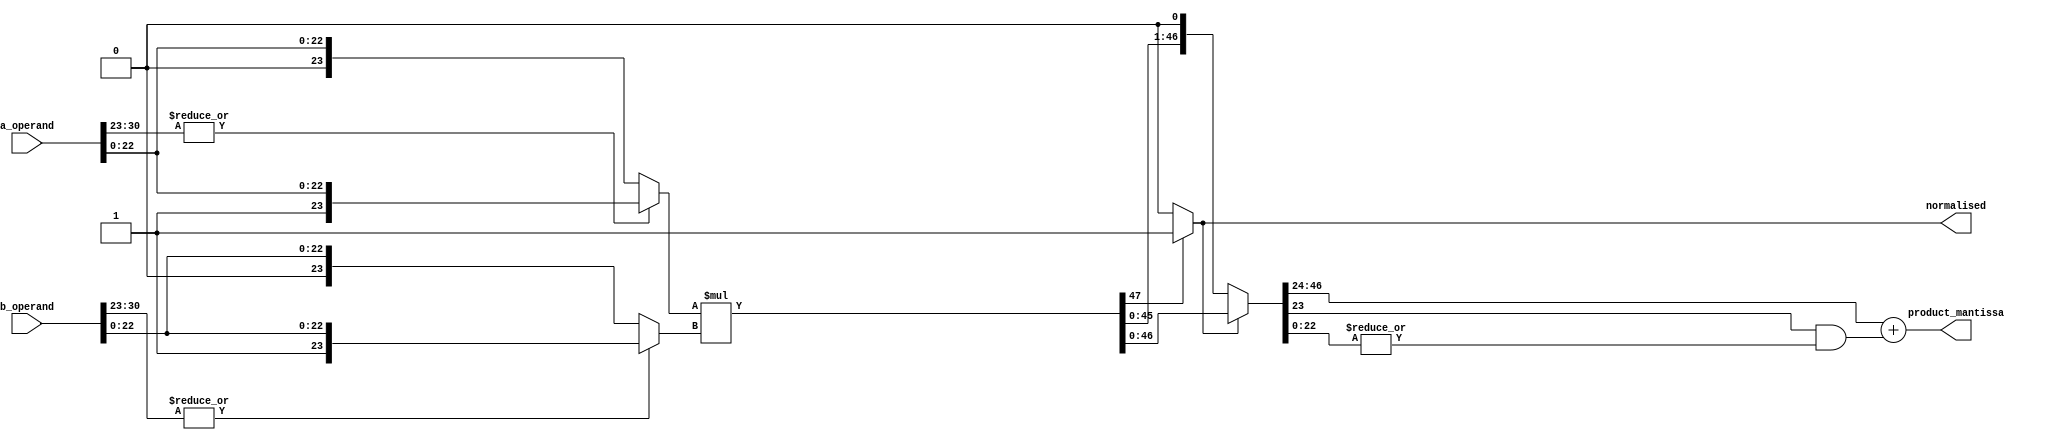
module mantisma_working(
		input [30:0] a_operand,
		input [30:0] b_operand,
		output normalised,
		output [22:0] product_mantissa
		);

wire product_round;
wire [23:0] operand_a, operand_b;
wire [47:0] product, product_normalised; //48 Bits

// Assigining significand values according to Hidden Bit.
//If exponent is equal to zero then hidden bit will be 0 for that respective significand else it will be 1
assign operand_a = (|a_operand[30:23]) ? {1'b1,a_operand[22:0]} : {1'b0,a_operand[22:0]};
assign operand_b = (|b_operand[30:23]) ? {1'b1,b_operand[22:0]} : {1'b0,b_operand[22:0]};

// Calc (approx here)
assign product = operand_a * operand_b;

// Can omit
assign product_round = |product_normalised[22:0];  //Ending 22 bits are OR'ed for rounding operation.

// Normalize signal
assign normalised = product[47] ? 1'b1 : 1'b0;	

// Normalize the product
assign product_normalised = (normalised) ? (product) : (product << 1);	//Assigning Normalised value based on 48th bit

//Final Manitssa.
assign product_mantissa = product_normalised[46:24] + (product_normalised[23] & product_round); 

endmodule